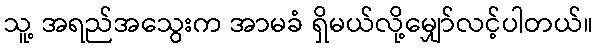
သူ့ အရည်အသွေးက အာမခံ ရှိမယ်လို့မျှော်လင့်ပါတယ်။